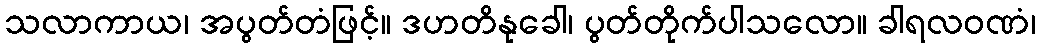
သလာကာယ၊ အပွတ်တံဖြင့်။ ဒဟတိနုခေါ၊ ပွတ်တိုက်ပါသလော။ ခါရလဝဏံ၊